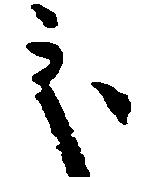
処